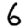
Digit: 6